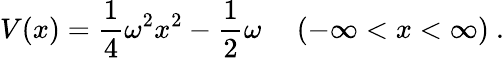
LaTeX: V(x)=\frac{1}{4}\omega^{2}x^{2}-\frac{1}{2}\omega~~~~~(-\infty<x<\infty)~.